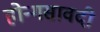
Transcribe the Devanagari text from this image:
होन्गसावदी